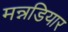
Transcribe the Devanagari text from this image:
मन्नडियार